Civil Veterinary Dept. Bombay admin report 1914-1922 - 1914-1922
Year: 1914
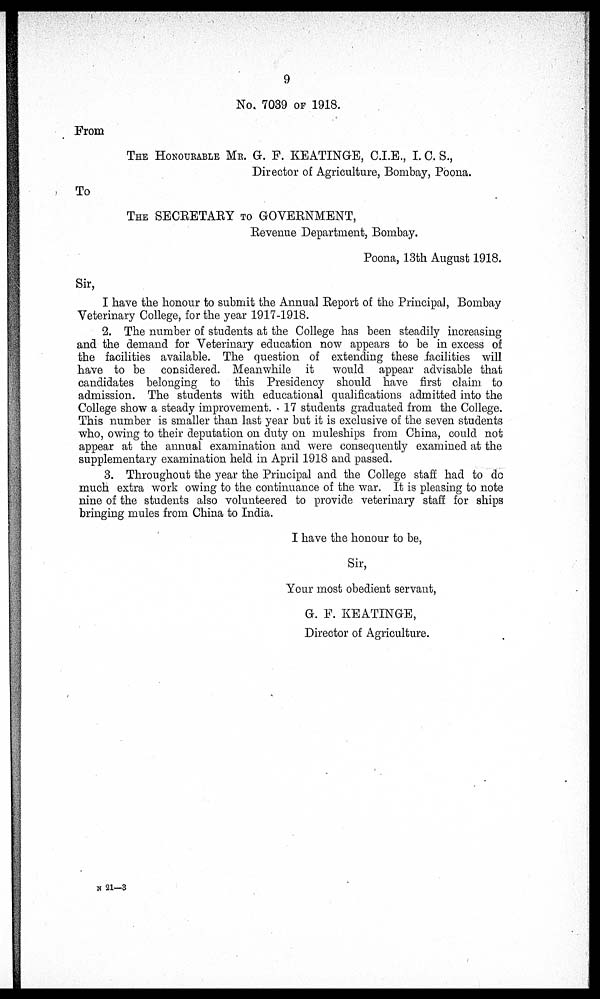
9
No. 7039 OF 1918.
From
THE HONOURABLE MR. G. F. KEATINGE, C.I.E., I. C. S.,
Director of Agriculture, Bombay, Poona.
To
THE SECRETARY TO GOVERNMENT,
Revenue Department, Bombay.
Poona, 13th August 1918.
Sir,
I have the honour to submit the Annual Report of the Principal, Bombay
Veterinary College, for the year 1917-1918.
2. The number of students at the College has been steadily increasing
and the demand for Veterinary education now appears to be in excess of
the facilities available. The question of extending these facilities will
have to be considered. Meanwhile it
would appear advisable that
candidates belonging to this Presidency should have first claim to
admission. The students with educational qualifications admitted into the
College show a steady improvement. 17 students graduated from the College.
This number is smaller than last year but it is exclusive of the seven students
who, owing to their deputation on duty on muleships from China, could not
appear at the annual examination and were consequently examined at the
supplementary examination held in April 1918 and passed.
3. Throughout the year the Principal and the College staff had to do
much extra work owing to the continuance of the war. It is pleasing to note
nine of the students also volunteered to provide veterinary staff for ships
bringing mules from China to India.
I have the honour to be,
Sir,
Your most obedient servant,
G. F. KEATINGE,
Director of Agriculture.
N 21—3